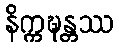
နိက္ကဍ္ဎန္တဿ